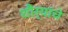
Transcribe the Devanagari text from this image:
शौर्यांचे